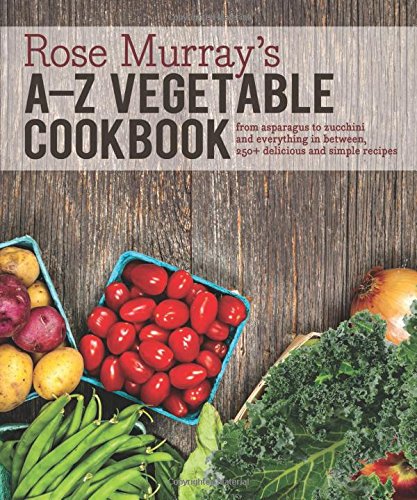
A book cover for Rose Murray's A-Z Vegetable Cookbook: From asparagus to zucchini and everything in between, 250+ delicious and simple recipes; Rose Murray; Cookbooks, Food & Wine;